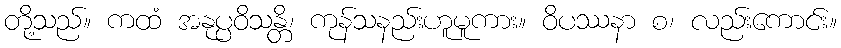
တို့သည်။ ကထံ အနုပ္ပဝိသန္တိ၊ ကုန်သနည်းဟူမူကား။ ဝိပဿနာ စ၊ လည်းကောင်း။